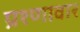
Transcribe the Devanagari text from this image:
प्रश्णावार